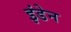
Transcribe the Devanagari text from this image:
इंडेन